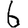
Digit: 6